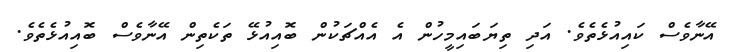
އޭނާވެސް ކައިއުޅެތެވެ. އަދި ތިޔަބައިމީހުން އެ އެއްޗަކުން ބޮއިއުޅޭ ތަކެތިން އޭނާވެސް ބޮއިއުޅެތެވެ.